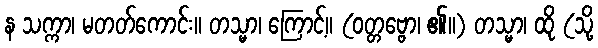
န သက္ကာ၊ မတတ်ကောင်း။ တသ္မာ၊ ကြောင့်။ (ဝတ္တဗ္ဗော၊ ၏။) တသ္မာ၊ ထို (သို့